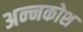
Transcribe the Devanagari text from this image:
अन्‍नकोश